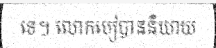
ទេ។ លោកបៀបាននិយាយ